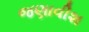
જણાવીશ